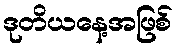
ဒုတိယနေ့အဖြစ်